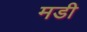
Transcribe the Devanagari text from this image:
मडी